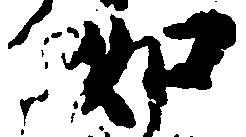
如